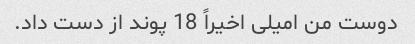
دوست من امیلی اخیراً 18 پوند از دست داد.